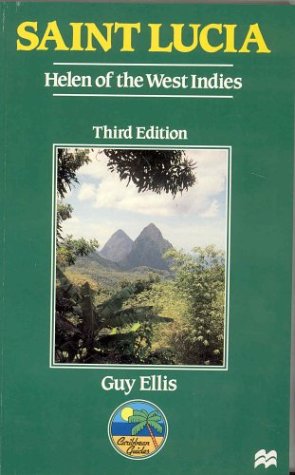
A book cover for Saint Lucia Helen of the West Indies (Caribbean Guides); G. Ellis; Travel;